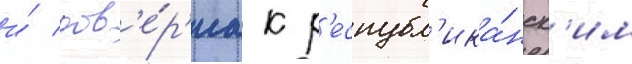
и́ дов'е́р'иа к р'еспубл'ика́нск'им